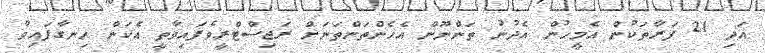
އަދި 21 ފަރާތަކުން އެމީހުން އެދުނު ތަންނޫން އެހެންތަންތަނަށް ރަޖިސްޓްރީވެފައިވާތީ އެކަން ހިނގާފައިވާ